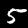
Label: 5